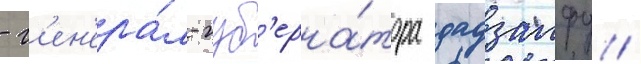
- г'ен'ера́л-губ'ерна́тора дадзаифу /